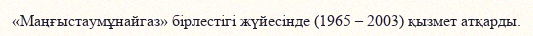
«Маңғыстаумұнайгаз» бірлестігі жүйесінде (1965 – 2003) қызмет атқарды.